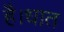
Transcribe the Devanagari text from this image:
है।धात